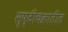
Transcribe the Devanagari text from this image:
सृष्टीचक्रातील